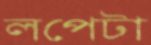
লপেটা